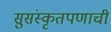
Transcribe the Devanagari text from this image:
सुसंस्कृतपणाची